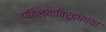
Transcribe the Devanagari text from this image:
पहिल्याविरुद्धच्या